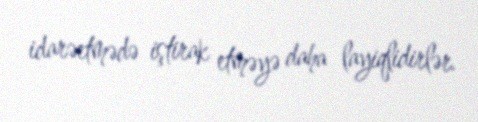
idarəetmədə iştirak etməyə daha layiqlidirlər.